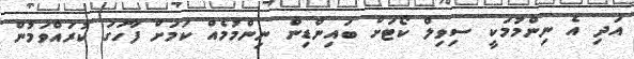
އަދި އެ ނިންމުމަކީ ސިވިލް ކޯޓަށް ބައިންޑިން ނިންމުމެއް ކަމަށް ފާހަގަ ކުރައްވަމުން